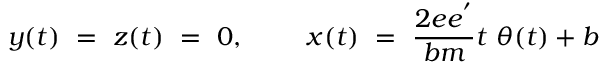
y ( t ) ~ = ~ z ( t ) ~ = ~ 0 , ~ ~ ~ ~ ~ ~ ~ x ( t ) ~ = ~ { \frac { 2 e e ^ { ' } } { b m } } t ~ \theta ( t ) + b